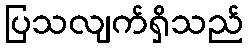
ပြသလျက်ရှိသည်